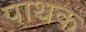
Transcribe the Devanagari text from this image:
पाथक